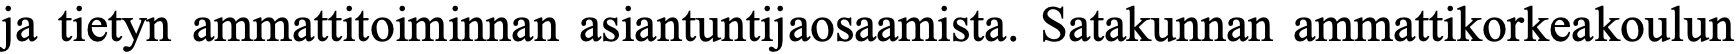
ja tietyn ammattitoiminnan asiantuntijaosaamista. Satakunnan ammattikorkeakoulun